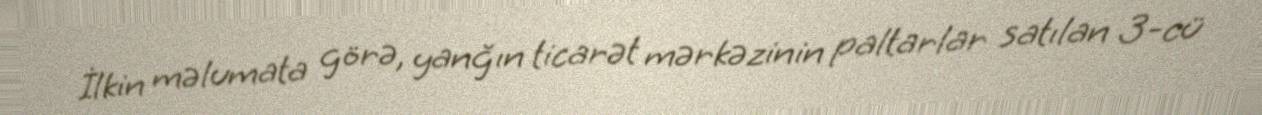
İlkin məlumata görə, yanğın ticarət mərkəzinin paltarlar satılan 3-cü